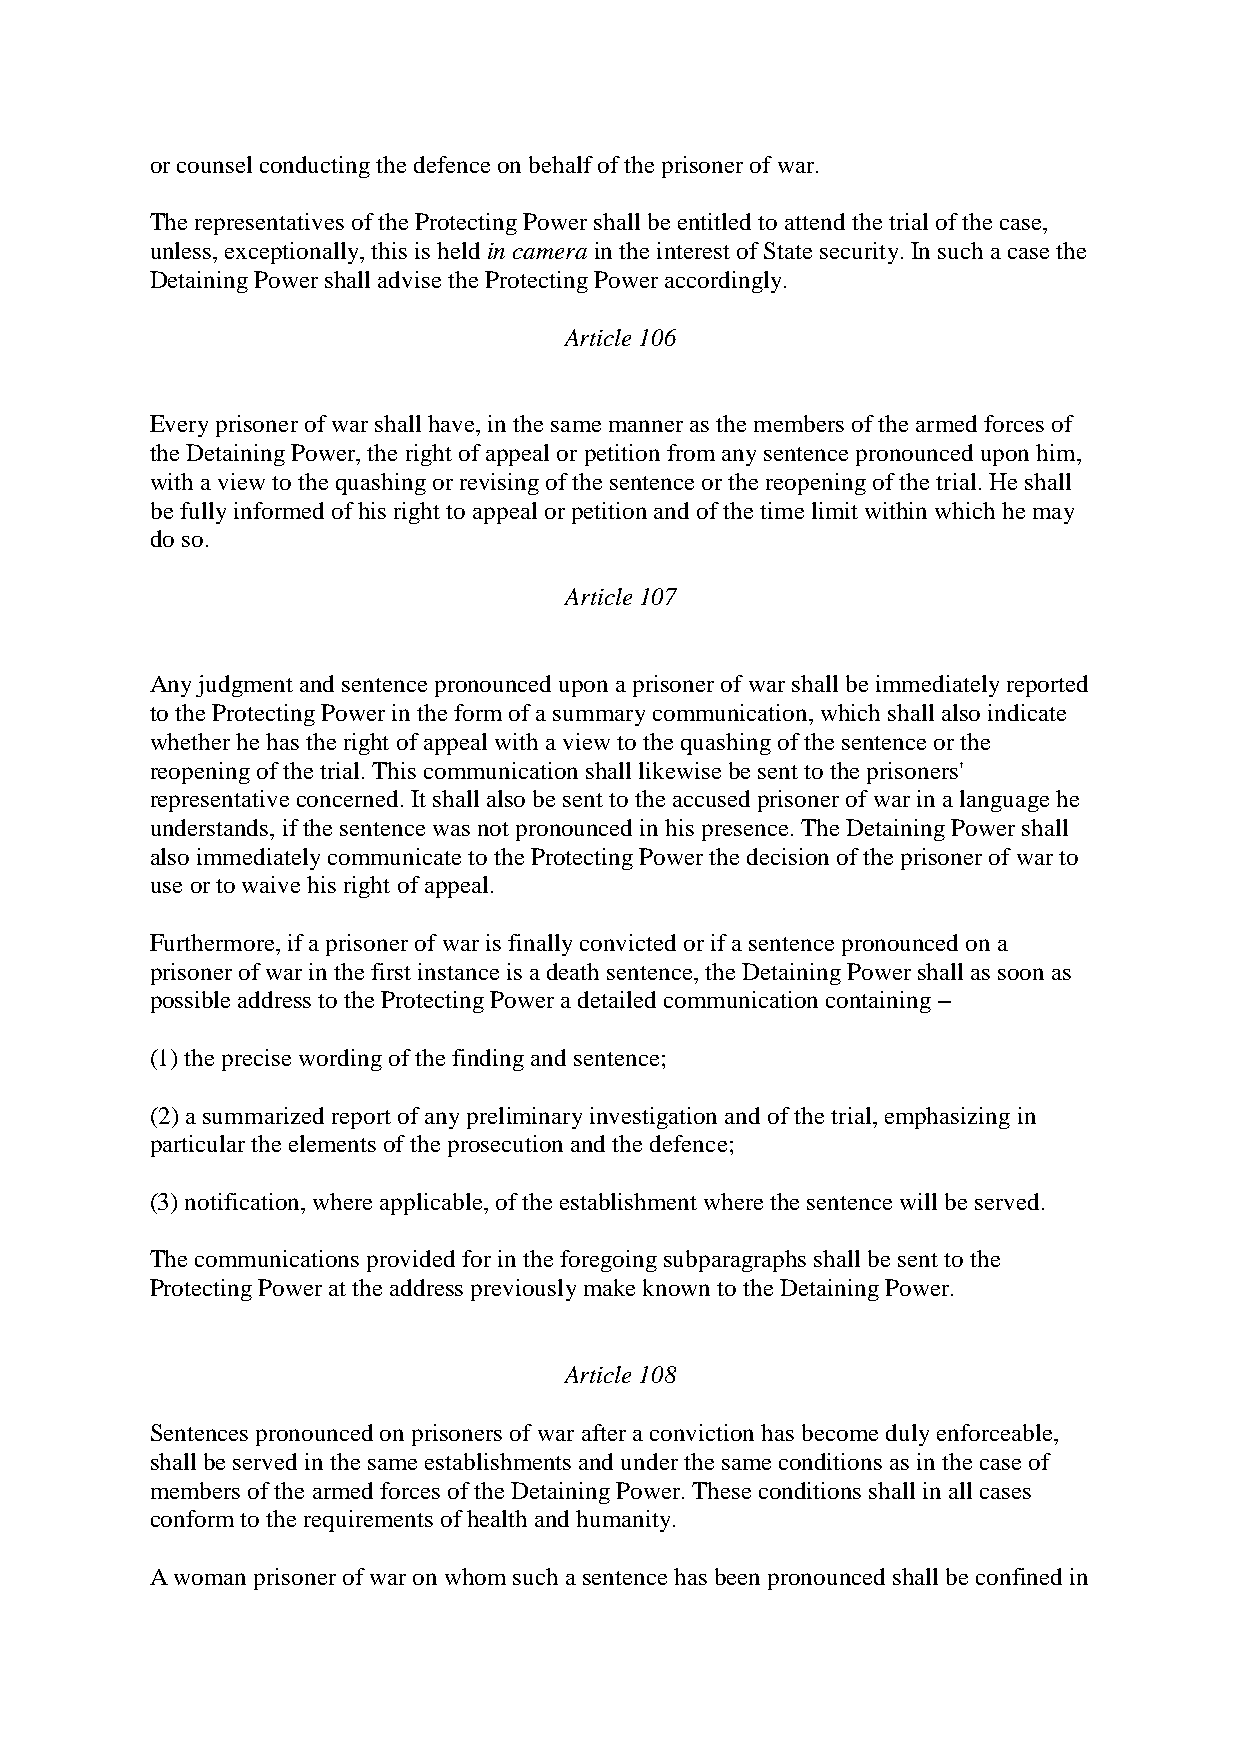
or counsel conducting the defence on behalf of the prisoner of war.
 The representatives of the Protecting Power shall be entitled to attend the trial of the case,
 unless, exceptionally, this is held in camera in the interest of State security. In such a case the
 Detaining Power shall advise the Protecting Power accordingly.
 Article 106
 Every prisoner of war shall have, in the same manner as the members of the armed forces of
 the Detaining Power, the right of appeal or petition from any sentence pronounced upon him,
 with a view to the quashing or revising of the sentence or the reopening of the trial. He shall
 be fully informed of his right to appeal or petition and of the time limit within which he may
 do so.
 Article 107
 Any judgment and sentence pronounced upon a prisoner of war shall be immediately reported
 to the Protecting Power in the form of a summary communication, which shall also indicate
 whether he has the right of appeal with a view to the quashing of the sentence or the
 reopening of the trial. This communication shall likewise be sent to the prisoners'
 representative concerned. It shall also be sent to the accused prisoner of war in a language he
 understands, if the sentence was not pronounced in his presence. The Detaining Power shall
 also immediately communicate to the Protecting Power the decision of the prisoner of war to
 use or to waive his right of appeal.
 Furthermore, if a prisoner of war is finally convicted or if a sentence pronounced on a
 prisoner of war in the first instance is a death sentence, the Detaining Power shall as soon as
 possible address to the Protecting Power a detailed communication containing –
 (1) the precise wording of the finding and sentence;
 (2) a summarized report of any preliminary investigation and of the trial, emphasizing in
 particular the elements of the prosecution and the defence;
 (3) notification, where applicable, of the establishment where the sentence will be served.
 The communications provided for in the foregoing subparagraphs shall be sent to the
 Protecting Power at the address previously make known to the Detaining Power.
 Article 108
 Sentences pronounced on prisoners of war after a conviction has become duly enforceable,
 shall be served in the same establishments and under the same conditions as in the case of
 members of the armed forces of the Detaining Power. These conditions shall in all cases
 conform to the requirements of health and humanity.
 A woman prisoner of war on whom such a sentence has been pronounced shall be confined in